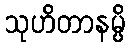
သုဟိတာနမ္ပိ